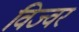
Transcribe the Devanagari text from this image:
विज्वर